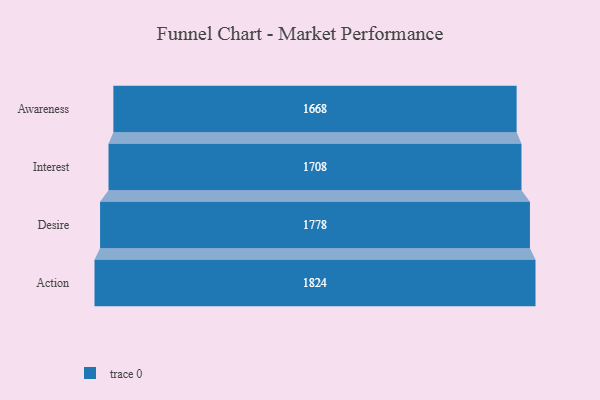
{"axis": {"x": "Stage", "y": "Value"}, "legend": [""], "data": [{"x": "Awareness", "y": 1668.0, "type": ""}, {"x": "Interest", "y": 1708.0, "type": ""}, {"x": "Desire", "y": 1778.0, "type": ""}, {"x": "Action", "y": 1824.0, "type": ""}]}